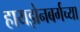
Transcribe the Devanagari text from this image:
हायझेनबर्गच्या